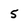
Character: 5